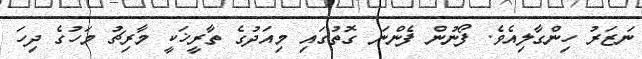
ނަޒަރު ހިންގާލިއެވެ. ފޯނުން ފެންނަ ގޮތުގައި މިއަދުގެ ތާރީޚަކީ މާރިޗު މަހުގެ ދިހަ